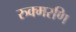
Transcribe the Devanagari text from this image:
रुक्मरणि